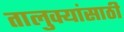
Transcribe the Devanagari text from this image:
तालुक्यांसाठी